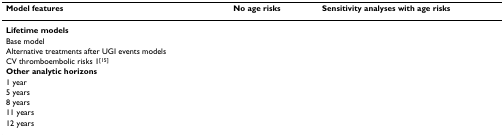
<table><thead><tr><td><b>Model features</b></td><td><b>No age risks</b></td><td><b>Sensitivity analyses with age risks</b></td></tr></thead><tbody><tr><td><b>Lifetime models</b></td><td>[EMPTY_CELL]</td><td>[EMPTY_CELL]</td></tr><tr><td>Base model</td><td>[EMPTY_CELL]</td><td>[EMPTY_CELL]</td></tr><tr><td>Alternative treatments after UGI events models</td><td>[EMPTY_CELL]</td><td>[EMPTY_CELL]</td></tr><tr><td>CV thromboembolic risks 1<sup>[15]</sup></td><td>[EMPTY_CELL]</td><td>[EMPTY_CELL]</td></tr><tr><td><b>Other analytic horizons</b></td><td>[EMPTY_CELL]</td><td>[EMPTY_CELL]</td></tr><tr><td>1 year</td><td>[EMPTY_CELL]</td><td>[EMPTY_CELL]</td></tr><tr><td>5 years</td><td>[EMPTY_CELL]</td><td>[EMPTY_CELL]</td></tr><tr><td>8 years</td><td>[EMPTY_CELL]</td><td>[EMPTY_CELL]</td></tr><tr><td>11 years</td><td>[EMPTY_CELL]</td><td>[EMPTY_CELL]</td></tr><tr><td>12 years</td><td>[EMPTY_CELL]</td><td>[EMPTY_CELL]</td></tr></tbody></table>